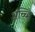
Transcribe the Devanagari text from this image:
अच्च्हि